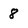
Character: 8